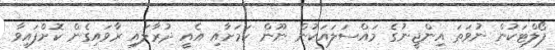
ފޯލްޓަކުން ނުވަތަ އިންޖީނުގެ މައްސަލައަކުން ނޫން ކަމަށާއި އެއީ ދުރާލައި ރާވައިގެން ކޮށްފައިވާ